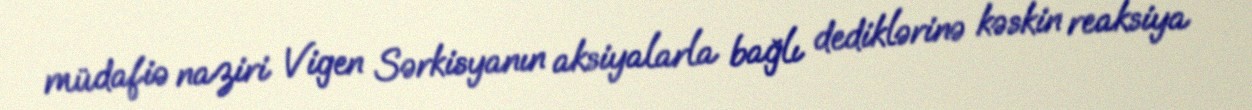
müdafiə naziri Vigen Sərkisyanın aksiyalarla bağlı dediklərinə kəskin reaksiya